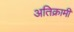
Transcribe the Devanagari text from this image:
अतिक्रामी